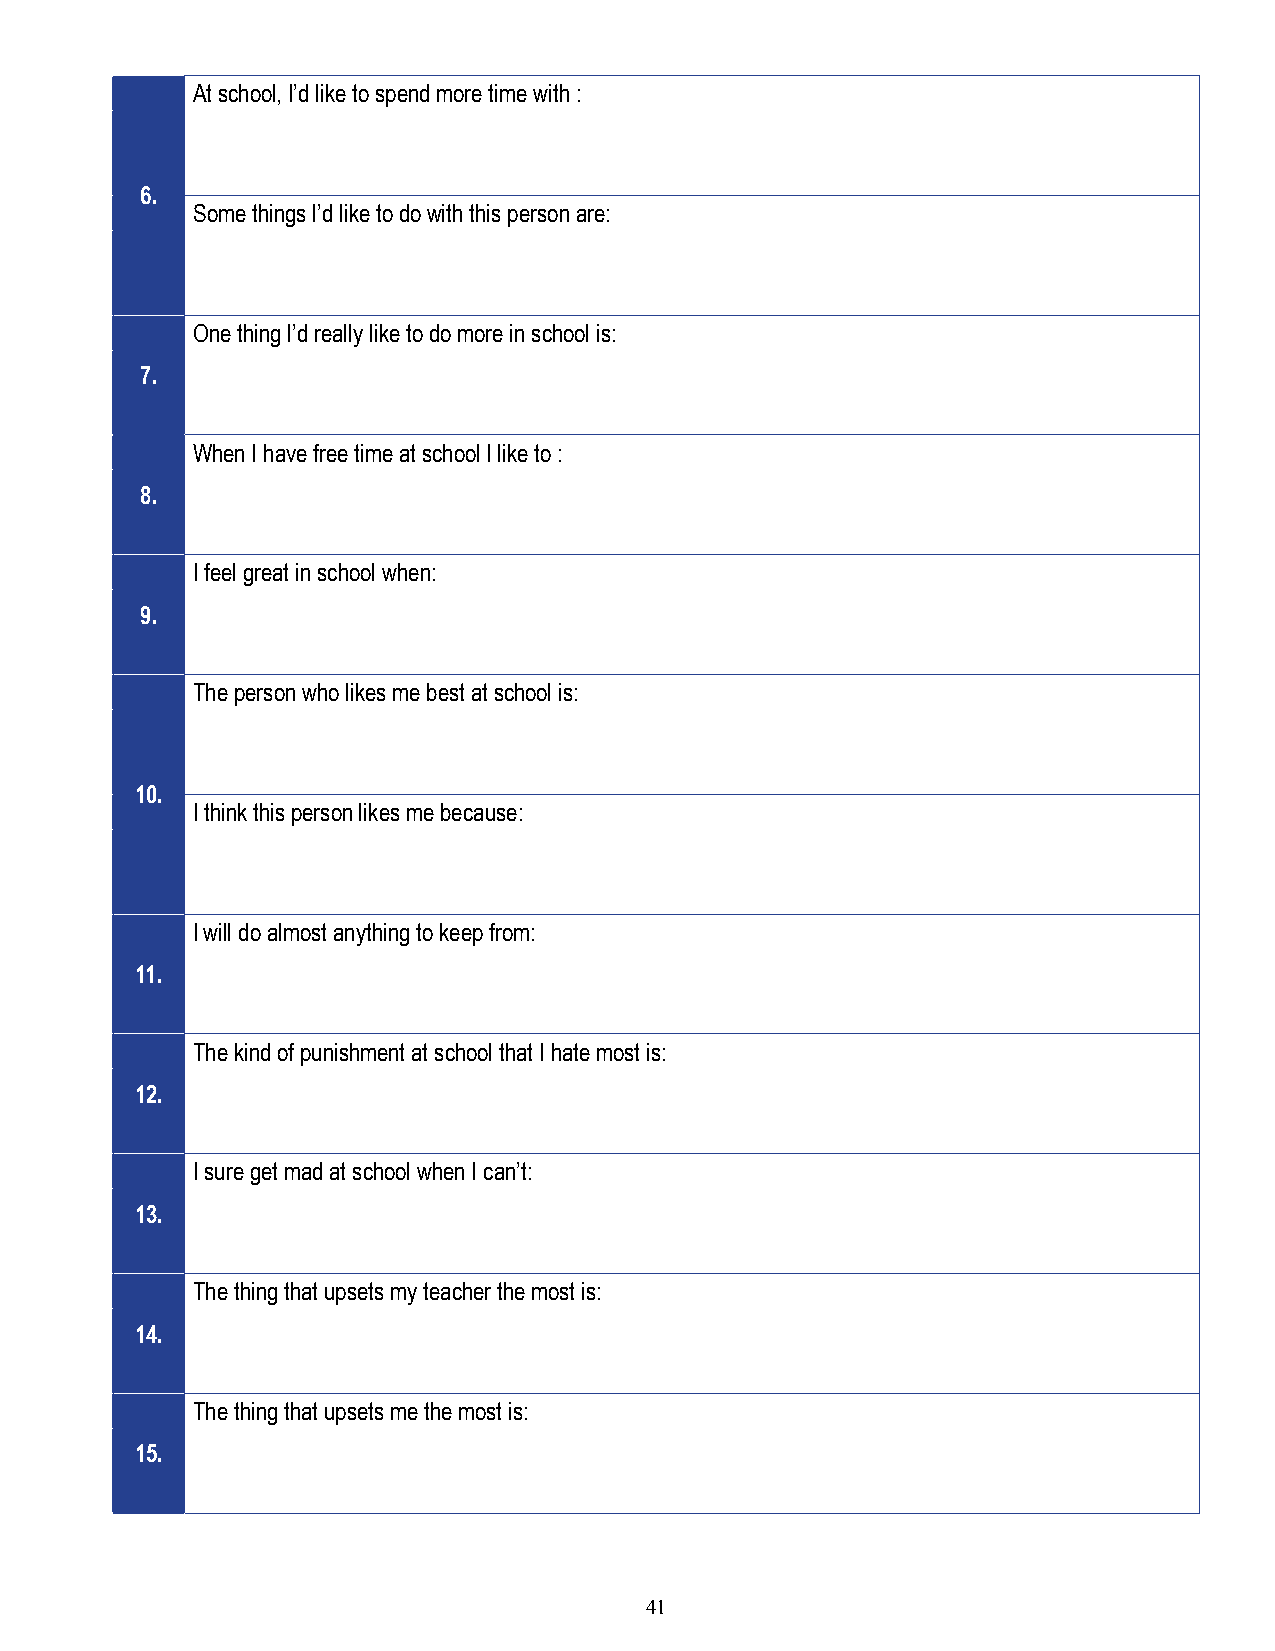
At school, I’d like to spend more time with :
 6.
 Some things I’d like to do with this person are:
 One thing I’d really like to do more in school is:
 7.
 When I have free time at school I like to :
 8.
 I feel great in school when:
 9.
 The person who likes me best at school is:
 10.
 I think this person likes me because:
 I will do almost anything to keep from:
 11.
 The kind of punishment at school that I hate most is:
 12.
 I sure get mad at school when I can’t:
 13.
 The thing that upsets my teacher the most is:
 14.
 The thing that upsets me the most is:
 15.
 41